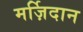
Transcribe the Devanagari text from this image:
मर्ज़िदान